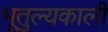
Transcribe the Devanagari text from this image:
भूतुल्यकाली